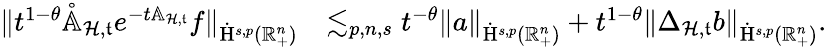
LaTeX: \begin{array}{rl}{\lVert t^{1-\theta}\mathring{\mathbb{A}}_{\mathcal{H},\mathfrak{t}}e^{-t{\mathbb{A}}_{\mathcal{H},\mathfrak{t}}}f\rVert_{\dot{\mathrm{H}}^{s,p}(\mathbb{R}_{+}^{n})}}&{\lesssim_{p,n,s}t^{-\theta}\lVert a\rVert_{\dot{\mathrm{H}}^{s,p}(\mathbb{R}_{+}^{n})}+t^{1-\theta}\lVert{\Delta}_{\mathcal{H},\mathfrak{t}}b\rVert_{\dot{\mathrm{H}}^{s,p}(\mathbb{R}_{+}^{n})}\mathrm{.~}}\end{array}